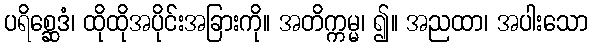
ပရိစ္ဆေဒံ၊ ထိုထိုအပိုင်းအခြားကို။ အတိက္ကမ္မ၊ ၍။ အညထာ၊ အပါးသော